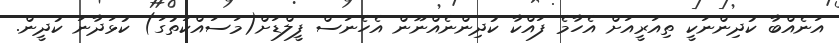
އަނެއްބާ ކުދިންނަކީ ތިއަރީއަށް އެހާމެ ފައްކާ ކުދިންނެއްނޫން އެހެނަސް ފީލްޑަށް(މަސައްކަތުގަ) ކުޅަދާނަ ކުދީން.